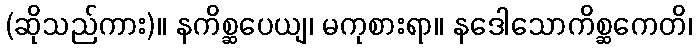
(ဆိုသည်ကား)။ နကိစ္ဆပေယျ၊ မကုစားရာ။ နဒေါသောကိစ္ဆကေတိ၊